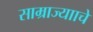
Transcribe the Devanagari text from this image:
साम्राज्यााचे